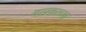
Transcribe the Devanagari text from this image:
याप्रकरच्या